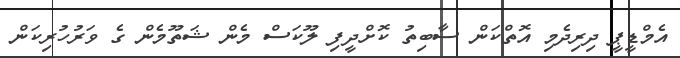
އެމްޑީޕީ ދިރިދެމި އޮތްކަން ސާބިތު ކޮށްދީފި ލޫކަސް މެން ޝަތޫމެން ގެ ވަރުހުރިކަން